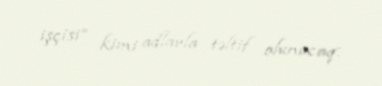
işçisi” kimi adlarla təltif olunacaq.